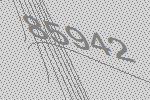
85942